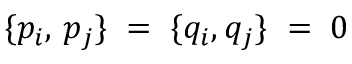
\{ p _ { i } , \, p _ { j } \} \; = \; \{ q _ { i } , q _ { j } \} \; = \; 0